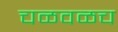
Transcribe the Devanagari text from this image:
चळवळच